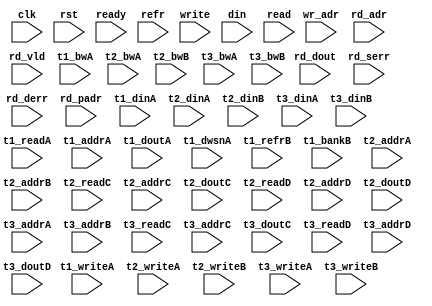
/*
 * Copyright (C) 2011 Memoir Systems Inc. These coded instructions, statements, and computer programs are
 * Confidential Proprietary Information of Memoir Systems Inc. and may not be disclosed to third parties
 * or copied in any form, in whole or in part, without the prior written consent of Memoir Systems Inc.
 * 
 * */

module algo_1r2w_a64_sva_wrap
#(parameter IP_WIDTH = 32, parameter IP_BITWIDTH = 5, parameter IP_DECCBITS = 7, parameter IP_NUMADDR = 8192, parameter IP_BITADDR = 13, 
parameter IP_NUMVBNK = 4,	parameter IP_BITVBNK = 2, parameter IP_BITPBNK = 3,
parameter IP_ENAECC = 0, parameter IP_ENAPAR = 0, parameter IP_SECCBITS = 4, parameter IP_SECCDWIDTH = 3, 
parameter FLOPECC = 0, parameter FLOPIN = 0, parameter FLOPOUT = 0, parameter FLOPCMD = 0, parameter FLOPMEM = 0,
parameter IP_REFRESH = 1, parameter IP_REFFREQ = 6,  parameter IP_REFFRHF = 0,

parameter T1_WIDTH = 64, parameter T1_NUMVBNK = 32, parameter T1_BITVBNK = 5, parameter T1_DELAY = 2, parameter T1_NUMVROW = 256, parameter T1_BITVROW = 8,
parameter T1_BITWSPF = 0, parameter T1_NUMWRDS = 1, parameter T1_BITWRDS = 1, parameter T1_NUMSROW = 256, parameter T1_BITSROW = 8, parameter T1_PHYWDTH = 64,
parameter T1_NUMRBNK = 1, parameter T1_BITRBNK = 1, parameter T1_NUMRROW = 128, parameter T1_BITRROW = 7, parameter T1_NUMPROW = 1024, parameter T1_BITPROW = 10,
parameter T1_BITDWSN = 8, 
parameter T1_NUMDWS0 = 0, parameter T1_NUMDWS1 = 0, parameter T1_NUMDWS2 = 0, parameter T1_NUMDWS3 = 0,
parameter T1_NUMDWS4 = 0, parameter T1_NUMDWS5 = 0, parameter T1_NUMDWS6 = 0, parameter T1_NUMDWS7 = 0,
parameter T1_NUMDWS8 = 0, parameter T1_NUMDWS9 = 0, parameter T1_NUMDWS10 = 0, parameter T1_NUMDWS11 = 0,
parameter T1_NUMDWS12 = 0, parameter T1_NUMDWS13 = 0, parameter T1_NUMDWS14 = 0, parameter T1_NUMDWS15 = 0,

parameter T3_WIDTH = 64, parameter T3_NUMVBNK = 4, parameter T3_BITVBNK = 2, parameter T3_DELAY = 1, parameter T3_NUMVROW = 256, parameter T3_BITVROW = 8,
parameter T3_BITWSPF = 0, parameter T3_NUMWRDS = 1, parameter T3_BITWRDS = 1, parameter T3_NUMSROW = 256, parameter T3_BITSROW = 8, parameter T3_PHYWDTH = 64,

parameter T2_WIDTH = 17, parameter T2_NUMVBNK = 4, parameter T2_BITVBNK = 2, parameter T2_DELAY = 1, parameter T2_NUMVROW = 256, parameter T2_BITVROW = 8,
parameter T2_BITWSPF = 0, parameter T2_NUMWRDS = 1, parameter T2_BITWRDS = 1, parameter T2_NUMSROW = 256, parameter T2_BITSROW = 8, parameter T2_PHYWDTH = 17)
( clk,  rst,  ready,  refr,
  write,   wr_adr,   din,
 read,   rd_adr,   rd_dout,  rd_vld,  rd_serr,  rd_derr,   rd_padr,
  t1_readA,   t1_writeA,   t1_addrA,   t1_dinA,   t1_bwA,   t1_doutA,   t1_dwsnA,
  t1_refrB,   t1_bankB,
  t2_writeA,   t2_addrA,   t2_dinA,   t2_bwA,
  t2_writeB,   t2_addrB,   t2_dinB,   t2_bwB,   
  t2_readC,   t2_addrC,   t2_doutC,
  t2_readD,   t2_addrD,   t2_doutD,
  t3_writeA,   t3_addrA,   t3_dinA,   t3_bwA,
  t3_writeB,   t3_addrB,   t3_dinB,   t3_bwB,
  t3_readC,   t3_addrC,   t3_doutC,
  t3_readD,   t3_addrD,   t3_doutD);
  
  // MEMOIR_TRANSLATE_OFF
  
  parameter NUMRDPT = 1;
  parameter NUMRWPT = 0;
  parameter NUMWRPT = 2;
  
  parameter WIDTH = IP_WIDTH;
  parameter BITWDTH = IP_BITWIDTH;
  parameter PARITY = 0;
  parameter MEMWDTH = WIDTH+PARITY;
  parameter NUMADDR = IP_NUMADDR;
  parameter BITADDR = IP_BITADDR;
  parameter NUMVROW = T1_NUMVROW;  // ALGO1 Parameters
  parameter BITVROW = T1_BITVROW;
  parameter NUMVBNK = IP_NUMVBNK;
  parameter BITVBNK = IP_BITVBNK;
  parameter BITPBNK = IP_BITPBNK;
  parameter NUMWRDS = T1_NUMWRDS;     // ALIGN Parameters
  parameter BITWRDS = T1_BITWRDS;
  parameter NUMSROW = T1_NUMSROW;
  parameter BITSROW = T1_BITSROW;
  parameter PHYWDTH = T1_PHYWDTH;
  parameter BITPROW = T1_BITPROW;
  parameter REFRESH = IP_REFRESH;      // REFRESH Parameters 
  parameter NUMRBNK = T1_NUMRBNK;
  parameter BITWSPF = T1_BITWSPF;
  parameter BITRBNK = T1_BITRBNK;
  parameter REFLOPW = 0;
  parameter NUMRROW = T1_NUMRROW;
  parameter BITRROW = T1_BITRROW;
  parameter REFFREQ = IP_REFFREQ;
  parameter REFFRHF = IP_REFFRHF;
  
  parameter BITDWSN = T1_BITDWSN;        //DWSN Parameters
  parameter NUMDWS0 = T1_NUMDWS0;
  parameter NUMDWS1 = T1_NUMDWS1;
  parameter NUMDWS2 = T1_NUMDWS2;
  parameter NUMDWS3 = T1_NUMDWS3;
  parameter NUMDWS4 = T1_NUMDWS4;
  parameter NUMDWS5 = T1_NUMDWS5;
  parameter NUMDWS6 = T1_NUMDWS6;
  parameter NUMDWS7 = T1_NUMDWS7;
  parameter NUMDWS8 = T1_NUMDWS8;
  parameter NUMDWS9 = T1_NUMDWS9;
  parameter NUMDWS10 = T1_NUMDWS10;
  parameter NUMDWS11 = T1_NUMDWS11;
  parameter NUMDWS12 = T1_NUMDWS12;
  parameter NUMDWS13 = T1_NUMDWS13;
  parameter NUMDWS14 = T1_NUMDWS14;
  parameter NUMDWS15 = T1_NUMDWS15;
  
  parameter ECCBITS = IP_SECCBITS;
  parameter SRAM_DELAY = T2_DELAY;
  parameter DRAM_DELAY = T1_DELAY;

  parameter BITPADR = BITPBNK+BITSROW+BITWRDS+1;

  parameter SDOUT_WIDTH = 2*(BITVBNK+1)+ECCBITS;
  parameter NUMCASH = NUMRDPT+NUMRWPT+NUMWRPT-1;

  input                                            refr;

  input  [NUMWRPT - 1:0]            write; 
  input  [NUMWRPT* BITADDR - 1:0]     wr_adr; 
  input  [NUMWRPT* WIDTH - 1:0]        din;

  input  [NUMRDPT - 1:0]             read; 
  input  [NUMRDPT* BITADDR - 1:0]     rd_adr; 
  input [NUMRDPT* WIDTH - 1:0]     rd_dout; 
  input [NUMRDPT - 1:0]             rd_vld; 
  input [NUMRDPT - 1:0]             rd_serr; 
  input [NUMRDPT - 1:0]             rd_derr; 
  input [NUMRDPT* BITPADR - 1:0]     rd_padr;

  input                         ready;
  input                          clk, rst;

  input [NUMVBNK-1:0] t1_readA;
  input [NUMVBNK-1:0] t1_writeA;
  input [NUMVBNK*BITSROW-1:0] t1_addrA;
  input [NUMVBNK*BITDWSN-1:0] t1_dwsnA;
  input [NUMVBNK*PHYWDTH-1:0] t1_bwA;
  input [NUMVBNK*PHYWDTH-1:0] t1_dinA;
  input [NUMVBNK*PHYWDTH-1:0] t1_doutA;
  input [NUMVBNK-1:0] t1_refrB;
  input [NUMVBNK*BITRBNK-1:0] t1_bankB;
  
  parameter SHORTWR = 2;
  parameter EXTRARD = 1;

  input [SHORTWR*NUMCASH-1:0] t2_writeA;
  input [SHORTWR*NUMCASH*BITVROW-1:0] t2_addrA;
  input [SHORTWR*NUMCASH*SDOUT_WIDTH-1:0] t2_dinA;
  input [SHORTWR*NUMCASH*SDOUT_WIDTH-1:0] t2_bwA;
  input [SHORTWR*NUMCASH-1:0] t2_writeB;
  input [SHORTWR*NUMCASH*BITVROW-1:0] t2_addrB;
  input [SHORTWR*NUMCASH*SDOUT_WIDTH-1:0] t2_dinB;
  input [SHORTWR*NUMCASH*SDOUT_WIDTH-1:0] t2_bwB;
  
  input [SHORTWR*NUMCASH-1:0] t2_readC;
  input [SHORTWR*NUMCASH*BITVROW-1:0] t2_addrC;
  input  [SHORTWR*NUMCASH*SDOUT_WIDTH-1:0] t2_doutC;
  input [SHORTWR*NUMCASH-1:0] t2_readD;
  input [SHORTWR*NUMCASH*BITVROW-1:0] t2_addrD;
  input  [SHORTWR*NUMCASH*SDOUT_WIDTH-1:0] t2_doutD;

  input [SHORTWR*NUMCASH-1:0] t3_writeA;
  input [SHORTWR*NUMCASH*BITVROW-1:0] t3_addrA;
  input [SHORTWR*NUMCASH*WIDTH-1:0] t3_dinA;
  input [SHORTWR*NUMCASH*WIDTH-1:0] t3_bwA;
  input [SHORTWR*NUMCASH-1:0] t3_writeB;
  input [SHORTWR*NUMCASH*BITVROW-1:0] t3_addrB;
  input [SHORTWR*NUMCASH*WIDTH-1:0] t3_dinB;
  input [SHORTWR*NUMCASH*WIDTH-1:0] t3_bwB;
  
  input [SHORTWR*NUMCASH-1:0] t3_readC;
  input [SHORTWR*NUMCASH*BITVROW-1:0] t3_addrC;
  input  [SHORTWR*NUMCASH*WIDTH-1:0] t3_doutC;
  input [SHORTWR*NUMCASH-1:0] t3_readD;
  input [SHORTWR*NUMCASH*BITVROW-1:0] t3_addrD;
  input  [SHORTWR*NUMCASH*WIDTH-1:0] t3_doutD;

endmodule